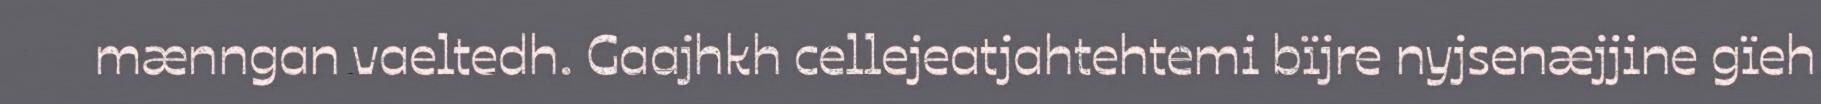
mænngan vaeltedh. Gaajhkh cellejeatjahtehtemi bïjre nyjsenæjjine gïeh